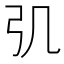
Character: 𢎪